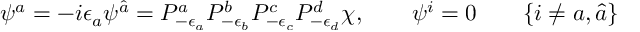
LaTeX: \psi ^ { a } = - i \epsilon _ { a } \psi ^ { \hat { a } } = P _ { - \epsilon _ { a } } ^ { a } P _ { - \epsilon _ { b } } ^ { b } P _ { - \epsilon _ { c } } ^ { c } P _ { - \epsilon _ { d } } ^ { d } \chi , \qquad \psi ^ { i } = 0 \qquad \{ i \ne a , \hat { a } \}